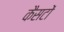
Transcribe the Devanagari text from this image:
कैसटों